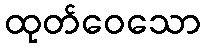
ထုတ်ဝေသော